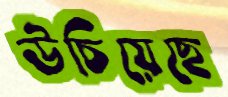
উচিয়েছে